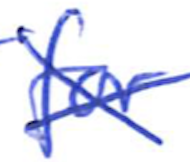
Text: for
Cross-out: cross
Writing tool: ballpoint